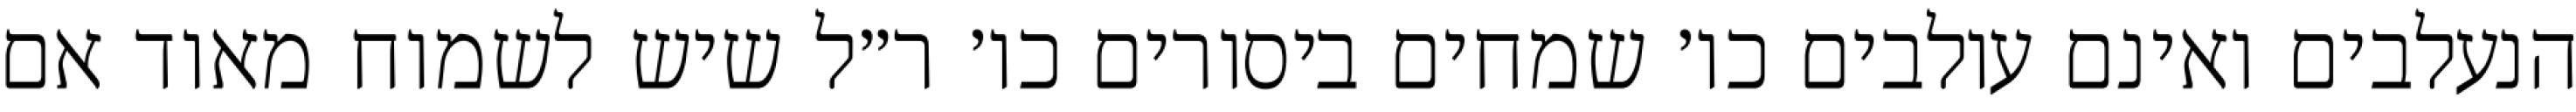
הנעלבים ואינם עולבים כו׳ שמחים ביסורים כו׳ ר״ל שיש לשמוח מאוד אם